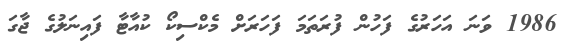
1986 ވަނަ އަހަރުގެ ފަހުން ފުރަތަމަ ފަހަރަށް މެކްސިކޯ ކުއާޓާ ފައިނަލުގެ ޖާގަ